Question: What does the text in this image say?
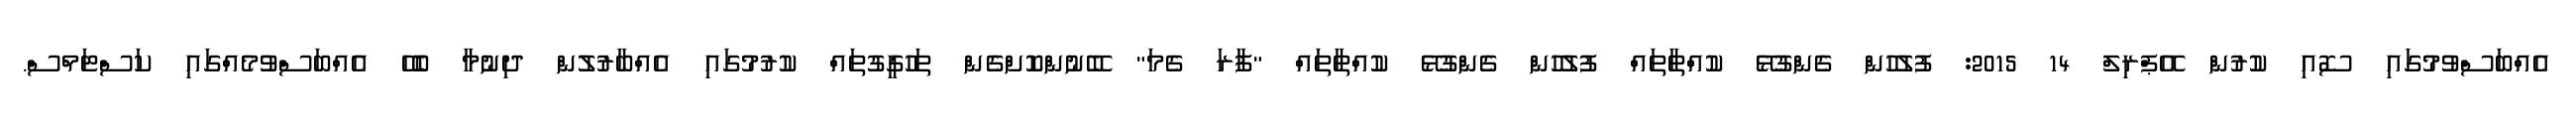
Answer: އެއްބަސްވުމުގައި ސޮއި ކުރުން އޭޕްރިލް 14 2015: ފުލުހުން ގެންގުޅޭ ކުއްތާތައް ފުލުހުން ގެންގުޅޭ ކުއްތާތައް "ފާރަ ގެމަ" ބޭނުންކޮށްގެން ތަހުގީގުތައް ކުރުމުގައި އެއްބާރުލުން ދިނުމާ ބެހޭ އެއްބަސްވުމެއްގައި ކަސްޓަމްސް.